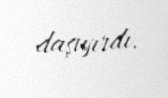
daşıyırdı.